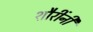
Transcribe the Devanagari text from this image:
शौरींनी